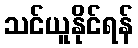
သင်ယူနိုင်ရန်